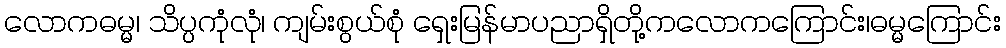
လောကဓမ္မ၊ သိပ္ပကုံလုံ၊ ကျမ်းစွယ်စုံ ရှေးမြန်မာပညာရှိတို့ကလောကကြောင်း၊ဓမ္မကြောင်း